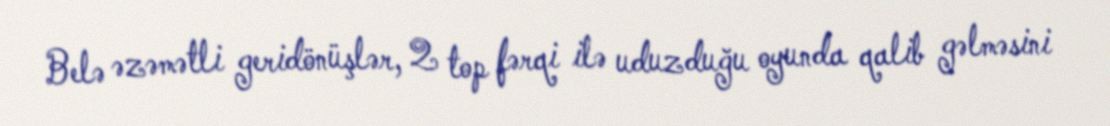
Belə əzəmətli geridönüşlər, 2 top fərqi ilə uduzduğu oyunda qalib gəlməsini